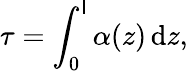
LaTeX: \tau=\int_{0}^{\mathsf{l}}\alpha(z)\, \mathrm{{d}}z,